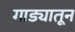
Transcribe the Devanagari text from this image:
गाड्यातून